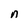
Character: n